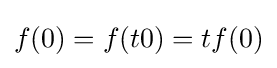
{\textstyle f(0)=f(t0)=tf(0)}